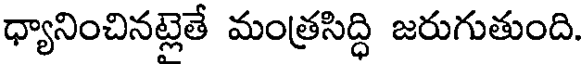
ధ్యానించినట్లెతే మంత్రసిద్ధి జరుగుతుంది.